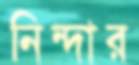
নিন্দার